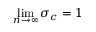
\operatorname* { l i m } _ { n \to \infty } \sigma _ { c } = 1